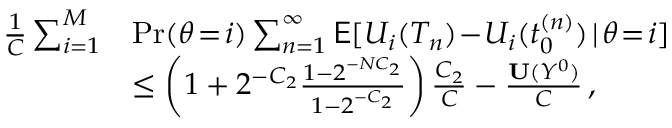
\begin{array} { r l r } { \frac { 1 } { C } \sum _ { i = 1 } ^ { M } } & { \operatorname* { P r } ( \theta \! = \! i ) \sum _ { n = 1 } ^ { \infty } \mathsf { E } [ U _ { i } ( T _ { n } ) \! - \! U _ { i } ( t _ { 0 } ^ { ( n ) } ) \! \mid \! \theta \! = \! i ] } & \\ & { \le \left( 1 + 2 ^ { - C _ { 2 } } \frac { 1 - 2 ^ { - N C _ { 2 } } } { 1 - 2 ^ { - C _ { 2 } } } \right) \frac { C _ { 2 } } { C } - \frac { \mathbf { U } ( Y ^ { 0 } ) } { C } \, , } & \end{array}